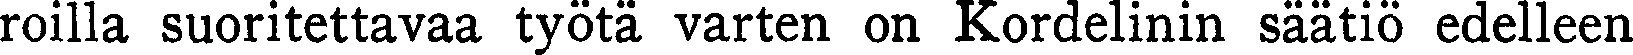
roilla suoritettavaa työtä varten on Kordelinin säätiö edelleen